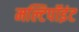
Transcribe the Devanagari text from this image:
मल्टिपॉइंट